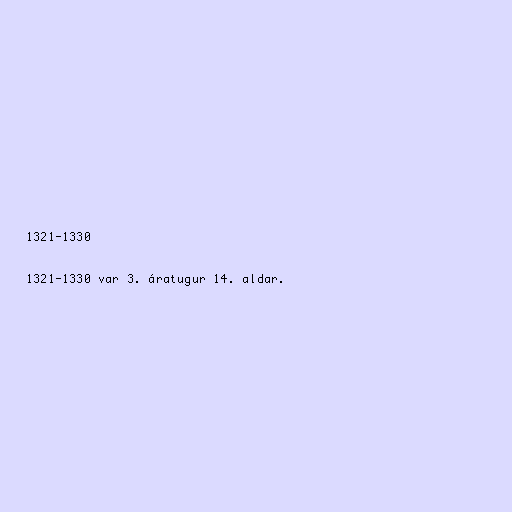
1321-1330

1321-1330 var 3. áratugur 14. aldar.